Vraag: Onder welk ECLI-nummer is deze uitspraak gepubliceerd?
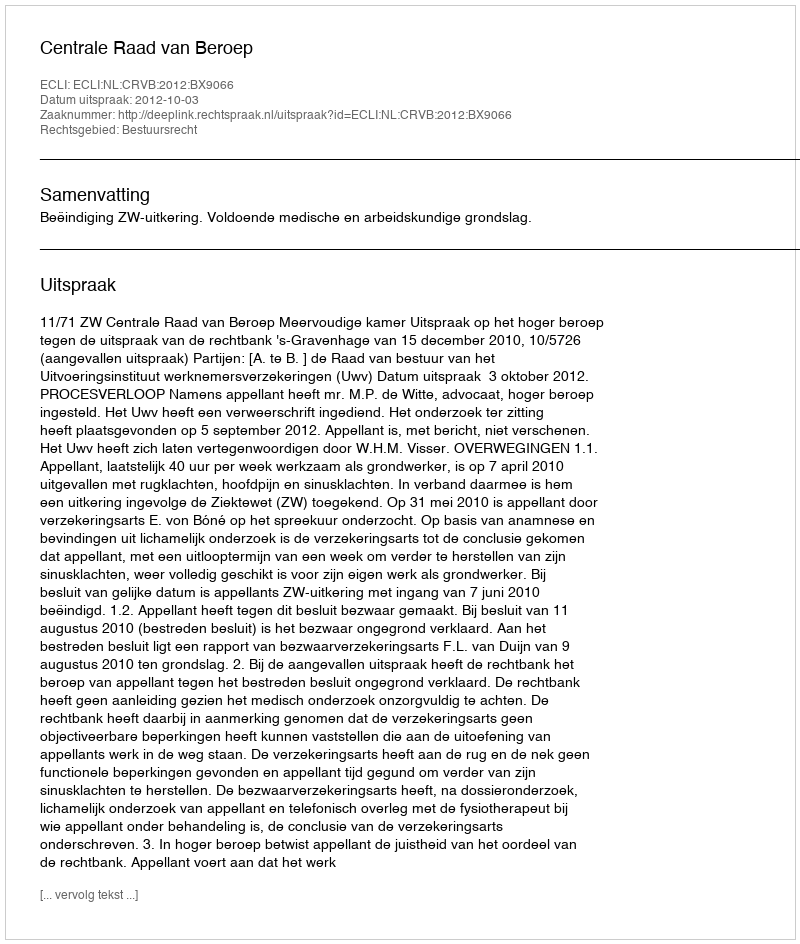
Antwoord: ECLI:NL:CRVB:2012:BX9066